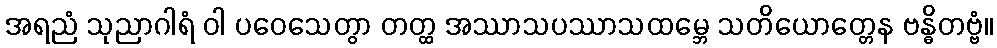
အရညံ သုညာဂါရံ ဝါ ပဝေသေတွာ တတ္ထ အဿာသပဿာသထမ္ဘေ သတိယောတ္တေန ဗန္ဓိတဗ္ဗံ။